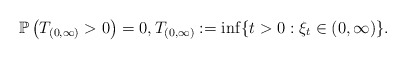
\begin{align*}\mathbb{P}\left(T_{(0,\infty)}>0\right)=0,T_{(0,\infty)}:=\inf\{t>0 : \xi_{t}\in(0,\infty)\}.\end{align*}